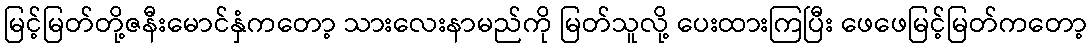
မြင့်မြတ်တို့ဇနီးမောင်နှံကတော့ သားလေးနာမည်ကို မြတ်သူလို့ ပေးထားကြပြီး ဖေဖေမြင့်မြတ်ကတော့